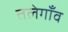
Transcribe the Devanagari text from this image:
तलेगाँव